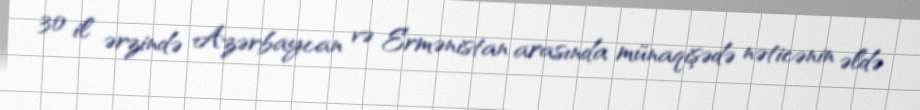
30 il ərzində Azərbaycan və Ermənistan arasında münaqişədə nəticənin əldə